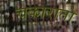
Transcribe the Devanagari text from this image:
चकाराता